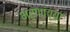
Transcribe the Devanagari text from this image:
भरणांच्या